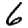
Digit: 6